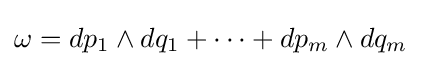
\omega =dp_{1}\wedge dq_{1}+\cdots +dp_{m}\wedge dq_{m}